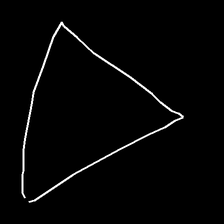
Glyph: convergence